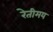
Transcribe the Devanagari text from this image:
रेतीमय